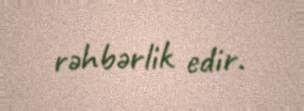
rəhbərlik edir.